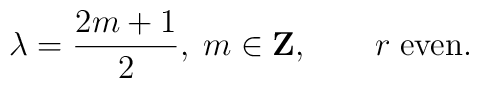
\lambda={2m+1\over 2},\; m\in {\bf Z},\qquad r\; {\rm even}.